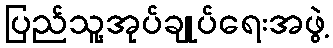
ပြည်သူ့အုပ်ချုပ်ရေးအဖွဲ့